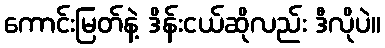
ကောင်းမြတ်နဲ့ ဒိန်းငယ်ဆိုလည်း ဒီလိုပဲ။